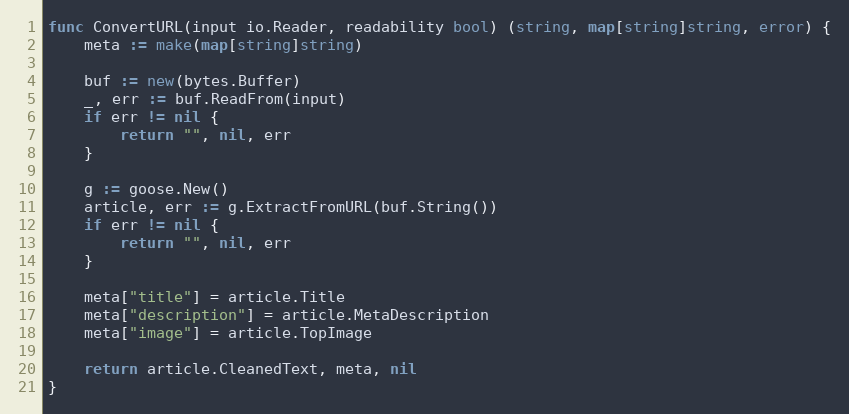
Language: Go
func ConvertURL(input io.Reader, readability bool) (string, map[string]string, error) {
	meta := make(map[string]string)

	buf := new(bytes.Buffer)
	_, err := buf.ReadFrom(input)
	if err != nil {
		return "", nil, err
	}

	g := goose.New()
	article, err := g.ExtractFromURL(buf.String())
	if err != nil {
		return "", nil, err
	}

	meta["title"] = article.Title
	meta["description"] = article.MetaDescription
	meta["image"] = article.TopImage

	return article.CleanedText, meta, nil
}